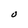
Character: O